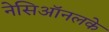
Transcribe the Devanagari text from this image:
नेसिऑनलके